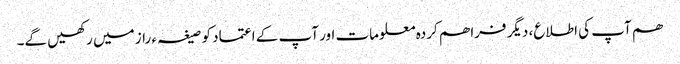
ھم آپ کی اطلاع، دیگر فراھم کردہ معلومات اور آپ کے اعتماد کو صیغہ ء راز میں رکھیں گے۔